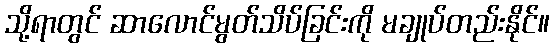
သို့ရာတွင် ဆာလောင်မွတ်သိပ်ခြင်းကို မချုပ်တည်းနိုင်။